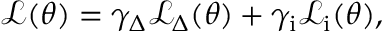
\mathcal { L } ( \boldsymbol { \theta } ) = \gamma _ { \Delta } \mathcal { L } _ { \Delta } ( \boldsymbol { \theta } ) + \gamma _ { \mathrm { i } } \mathcal L _ { \mathrm { i } } ( \boldsymbol { \theta } ) ,